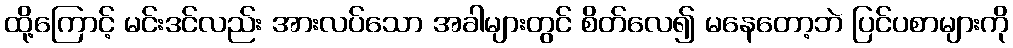
ထို့ကြောင့် မင်းဒင်လည်း အားလပ်သော အခါများတွင် စိတ်လေ၍ မနေတော့ဘဲ ပြင်ပစာများကို